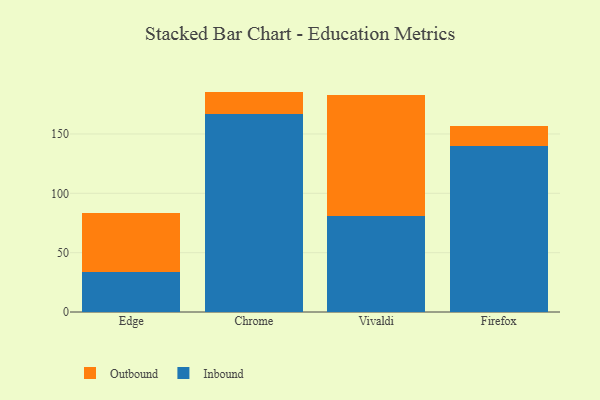
{"axis": {"x": "Browser", "y": "Inventory Turnover"}, "legend": ["Inbound", "Outbound"], "data": [{"x": "Edge", "y": 34.1, "type": "Inbound"}, {"x": "Edge", "y": 49.7, "type": "Outbound"}, {"x": "Chrome", "y": 166.6, "type": "Inbound"}, {"x": "Chrome", "y": 19.1, "type": "Outbound"}, {"x": "Vivaldi", "y": 81.0, "type": "Inbound"}, {"x": "Vivaldi", "y": 101.8, "type": "Outbound"}, {"x": "Firefox", "y": 140.2, "type": "Inbound"}, {"x": "Firefox", "y": 16.1, "type": "Outbound"}]}